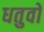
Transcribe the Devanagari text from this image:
धतुवों